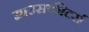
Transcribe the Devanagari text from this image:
माउसकीटर्स